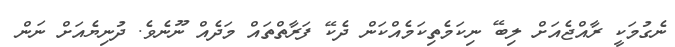
ނެގުމަކީ ރާއްޖެއަށް ލިބޭ ނިކަމެތިކަމެއްކަން ދެކޭ ފަރާތްތައް މަދެއް ނޫނެވެ. ދުނިޔެއަށް ނަން